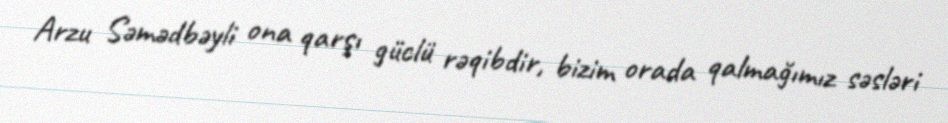
Arzu Səmədbəyli ona qarşı güclü rəqibdir, bizim orada qalmağımız səsləri